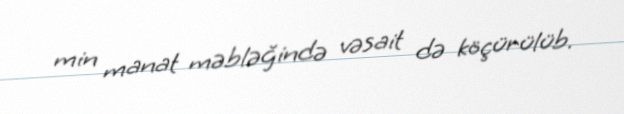
min manat məbləğində vəsait də köçürülüb.